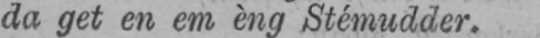
da get en em èng Stémudder.